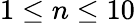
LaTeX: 1\leq n\leq 10